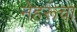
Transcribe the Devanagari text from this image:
नेहरूंचा